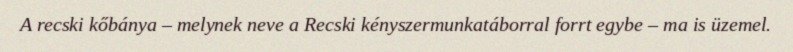
A recski kőbánya – melynek neve a Recski kényszermunkatáborral forrt egybe – ma is üzemel.